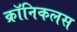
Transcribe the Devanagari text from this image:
क्रॉनिकलस